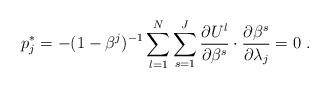
LaTeX: \begin{align*}p_{j}^{{*}} = - (1 - {\beta^{j}})^{ - 1} \sum\limits_{l = 1}^N \sum\limits_{s = 1}^J {\frac{{\partial {U^l}}}{{\partial {\beta^{s}}}}\cdot\frac{{\partial {\beta^{s}}}}{{\partial \lambda _j}} = 0} \ .\end{align*}